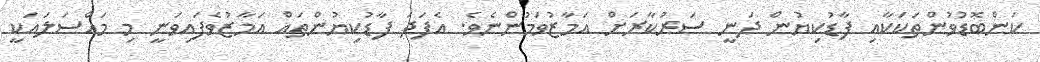
ކަންބޮޑުވުންތަކަކާއި ފާޑުކިޔުން ދަނީ ސަރުކާރަށް އަމާޒުވަމުންނެވެ. އެފަދަ ފާޑުކިޔުންތައް އަމާޒުވެފައިވަނީ މި މައްސަލައަކީ